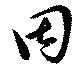
固